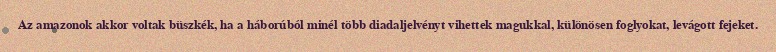
Az amazonok akkor voltak büszkék, ha a háborúból minél több diadaljelvényt vihettek magukkal, különösen foglyokat, levágott fejeket.